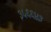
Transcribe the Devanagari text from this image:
३५६६४३